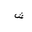
Letter: _shin